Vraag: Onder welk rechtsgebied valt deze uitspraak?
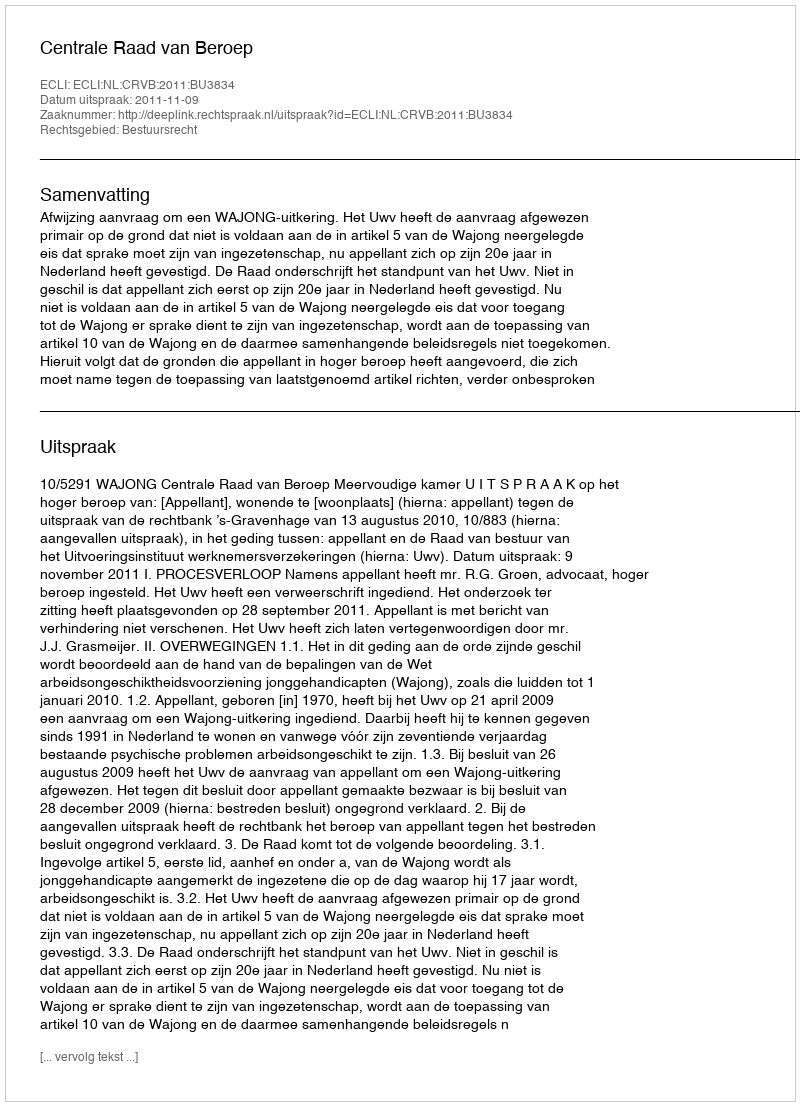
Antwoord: Bestuursrecht